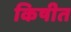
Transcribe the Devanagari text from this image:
किषीत